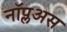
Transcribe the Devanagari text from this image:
नॉप्लअस